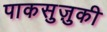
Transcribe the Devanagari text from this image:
पाकसुज़ुकी